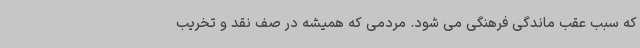
که سبب عقب ماندگی فرهنگی می شود. مردمی که همیشه در صف نقد و تخریب